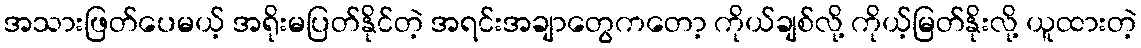
အသားဖြတ်ပေမယ့် အရိုးမပြတ်နိုင်တဲ့ အရင်းအချာတွေကတော့ ကိုယ်ချစ်လို့ ကိုယ့်မြတ်နိုးလို့ ယူထားတဲ့